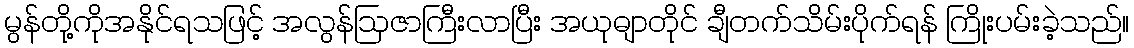
မွန်တို့ကိုအနိုင်ရသဖြင့် အလွန်ဩဇာကြီးလာပြီး အယုဓျာတိုင် ချီတက်သိမ်းပိုက်ရန် ကြိုးပမ်းခဲ့သည်။